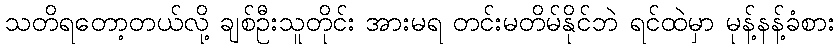
သတိရတော့တယ်လို့ ချစ်ဦးသူတိုင်း အားမရ တင်းမတိမ်နိုင်ဘဲ ရင်ထဲမှာ မုန့်နန့်ခံစား